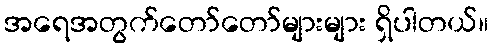
အရေအတွက်တော်တော်များများ ရှိပါတယ်။